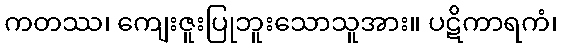
ကတဿ၊ ကျေးဇူးပြုဘူးသောသူအား။ ပဋိကာရကံ၊